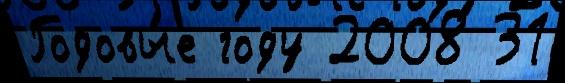
Годовы́е году 2008 31